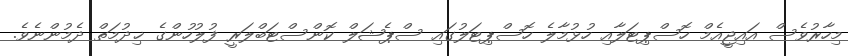
މިހާރުވެސް އައިޖީއެމް ހޮސްޕިޓަލާއި ހުޅުމާލެ ހޮސްޕިޓަލުގައި ސްޕެޝަލް ކޮންސްޓަބްލަރީ ފުލުހުންގެ ޚިދުމަތް ދެމުންނެވެ.